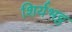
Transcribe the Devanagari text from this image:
शिर्यभट्ट